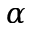
\alpha